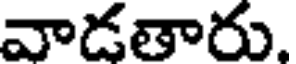
వాడతారు.